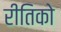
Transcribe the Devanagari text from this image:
रीतिको